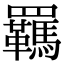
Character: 羈